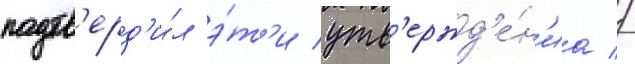
подтв'ерд'и́л э́т'и утв'ержд'е́н'иа //